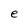
Character: e